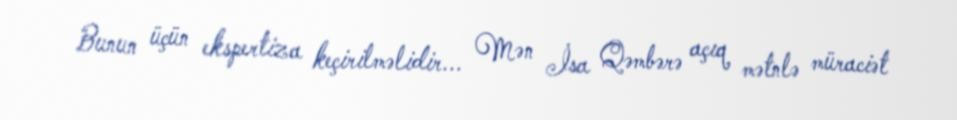
Bunun üçün ekspertiza keçirilməlidir... Mən İsa Qəmbərə açıq mətnlə müraciət